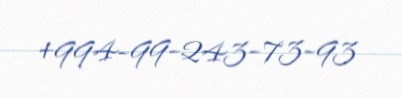
+994-99-243-73-93